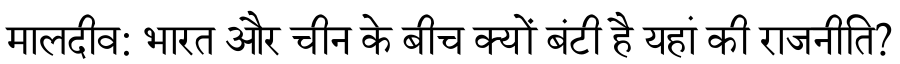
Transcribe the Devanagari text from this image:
मालदीव: भारत और चीन के बीच क्यों बंटी है यहां की राजनीति?